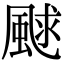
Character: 𩗕